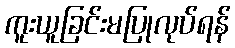
ကူးယူခြင်းမပြုလုပ်ရန်